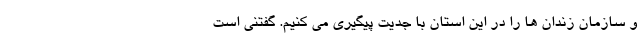
و سازمان زندان ها را در این استان با جدیت پیگیری می کنیم. گفتنی است